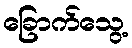
ခြောက်သွေ့